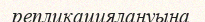
репликациялануына